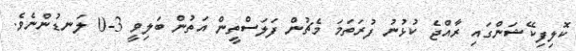
ކޮލިފިކޭޝަންގައި ރާއްޖެ ކުޅުނު ފުރަތަމަ މެޗުން ފަލަސްތީން އަތުން ބަލިވީ 3-0 ލަނޑުންނެވެ.